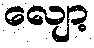
လျော့